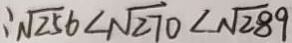
\therefore \sqrt { 2 5 } 6 < \sqrt { 2 7 } 0 < \sqrt { 2 8 9 }